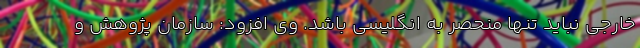
خارجی نباید تنها منحصر به انگلیسی باشد. وی افزود: سازمان پژوهش و